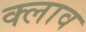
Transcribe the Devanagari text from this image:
क्लाव